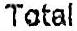
TOTAL